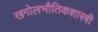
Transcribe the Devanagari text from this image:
खगोलभौतिकशास्त्री